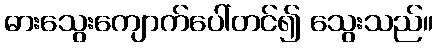
ဓားသွေးကျောက်ပေါ်တင်၍ သွေးသည်။